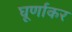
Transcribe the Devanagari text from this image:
घूर्णाकर